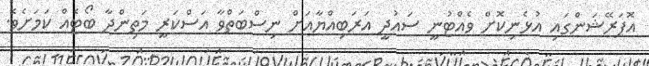
އޮޕަރޭޝަންގައި އުޅެނިކޮށް ވެއްޓުނީ ސައުދީ އަރަބިއްޔާއަށް ނިސްބަތްވާ އަސްކަރީ މަތިންދާ ބޯޓެއް ކަމަށެވެ.